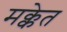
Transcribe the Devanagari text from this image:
मक्केत